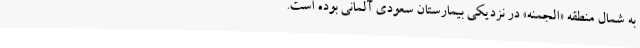
به شمال منطقه «الجمنه» در نزدیکی بیمارستان سعودی آلمانی بوده است.